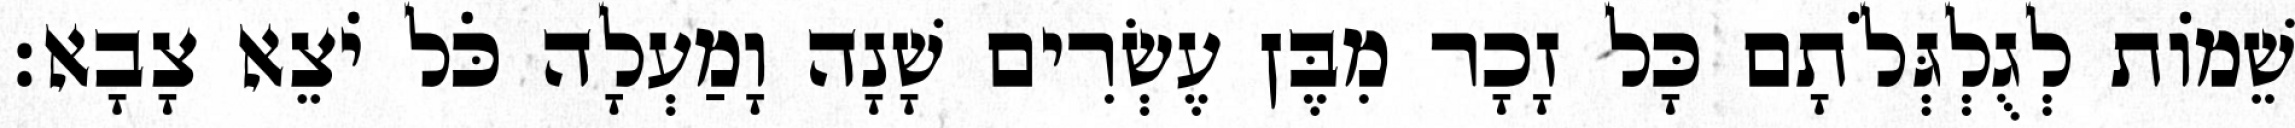
שֵׁמוֹת לְגֻלְגְּלֹתָם כָּל זָכָר מִבֶּן עֶשְׂרִים שָׁנָה וָמַעְלָה כֹּל יֹצֵא צָבָא׃